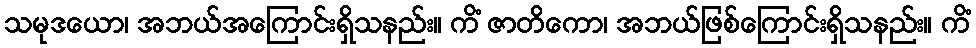
သမုဒယော၊ အဘယ်အကြောင်းရှိသနည်း။ ကိံ ဇာတိကော၊ အဘယ်ဖြစ်ကြောင်းရှိသနည်း။ ကိံ